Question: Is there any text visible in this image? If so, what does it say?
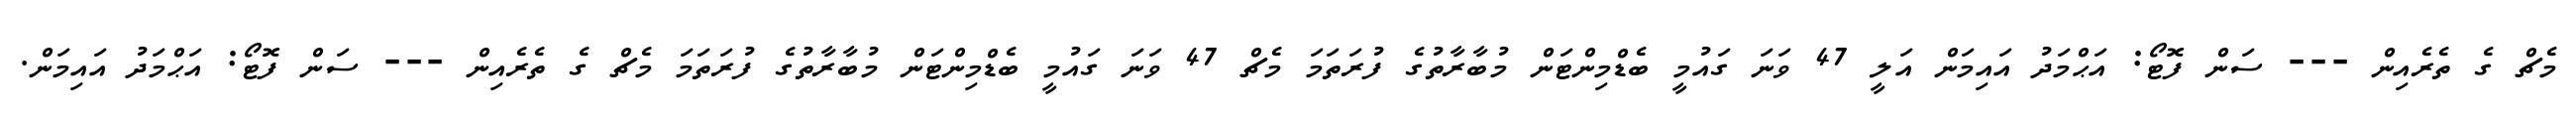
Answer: މެޗް ގެ ތެރެއިން --- ސަން ފޮޓޯ: އަޙްމަދު އައިމަން އަލީ 47 ވަނަ ގައުމީ ބެޑްމިންޓަން މުބާރާތުގެ ފުރަތަމަ މެޗް 47 ވަނަ ގައުމީ ބެޑްމިންޓަން މުބާރާތުގެ ފުރަތަމަ މެޗް ގެ ތެރެއިން --- ސަން ފޮޓޯ: އަޙްމަދު އައިމަން.